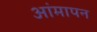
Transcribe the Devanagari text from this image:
आंमापन